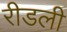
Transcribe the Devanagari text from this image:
रीडली